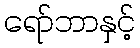
ရော်ဘာနှင့်